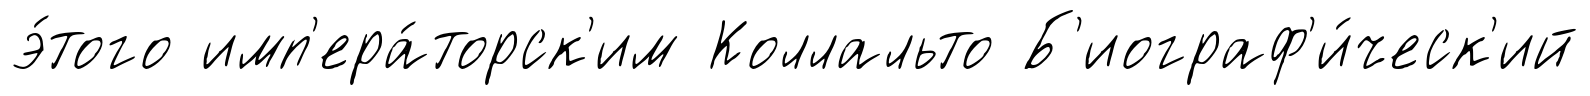
э́того имп'ера́торск'им Коллальто Б'иограф'и́ческ'ий